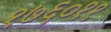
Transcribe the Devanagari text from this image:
१७६०११